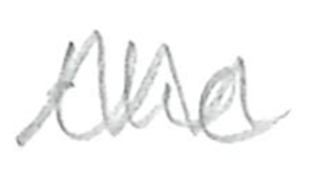
Text: the
Cross-out: zig-zag
Writing tool: pencil